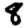
Digit: 8